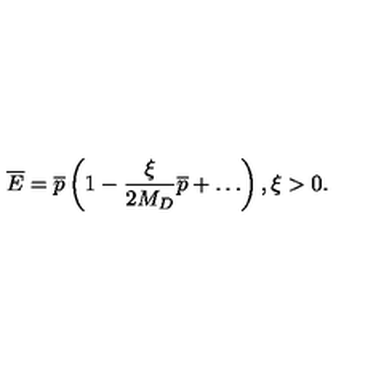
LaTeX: { \overline { E } } = { \overline { p } } \left( 1 - \frac { \xi } { 2 M _ { D } } { \overline { p } } + \dots \right) , \xi > 0 .